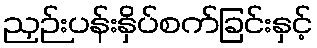
ညှဉ်းပန်းနှိပ်စက်ခြင်းနှင့်